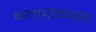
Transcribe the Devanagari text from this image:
कलामाध्यमात